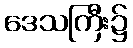
ဒေသကြီး၌